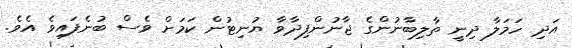
އަދި ހަަމަލާ ދިނީ ތާލިބާނުންގެ ޖާނުންފިދާވާ ޔުނިޓުން ކަމަށް ވެސް ބުނެފައިވެ އެވެ.